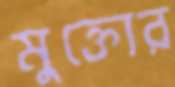
মুক্তোর